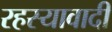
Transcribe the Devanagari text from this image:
रहस्यावादी